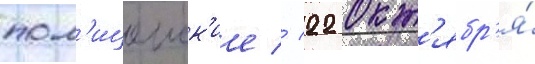
пол'ицеиск'ие // 22 окт'ябр'я́